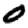
Digit: 0